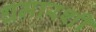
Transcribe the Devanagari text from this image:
धमारशी